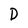
Character: D